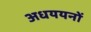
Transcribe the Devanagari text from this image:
अधययनों